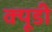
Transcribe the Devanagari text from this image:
क्यूडी